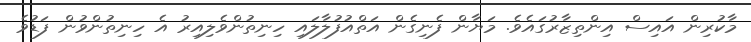
މާކުރިން އައިސް އިންތިޒާރުގައެވެ. މަޔާން ފެނިގެން އަތްއުފުލާލައި ހިނިތުންވެލިއިރު އެ ހިނިތުންވުން ފަޑުވެ